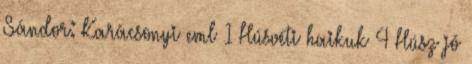
Sándor: Karácsonyi eml 1 Húsvéti haikuk 4 Húsz jó